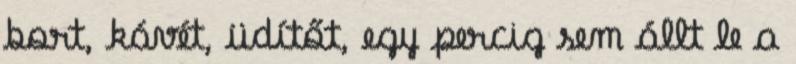
bort, kávét, üdítőt, egy percig sem állt le a